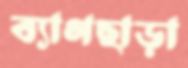
ব্যাগছাড়া